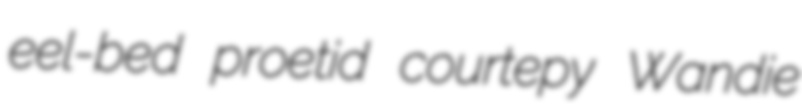
eel-bed proetid courtepy Wandie